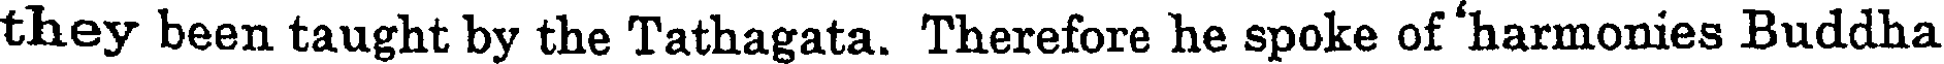
they been taught by the Tathagata. Therefore he spoke of 'harmonies Buddha